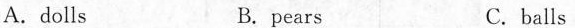
A.dolls B. pears C. balls